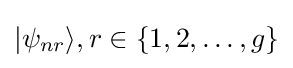
|\psi _{nr}\rangle ,r\in \{1,2,\dots ,g\}